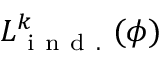
L _ { \mathrm { ~ i ~ n ~ d ~ . ~ } } ^ { k } ( \phi )